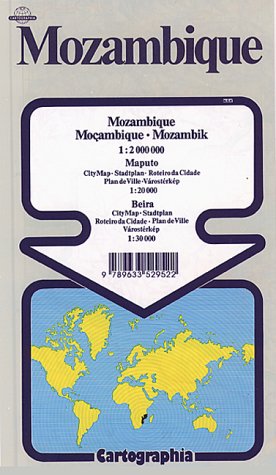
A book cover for Mozambique (Cartographia World Travel Map); Cartographia; Travel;